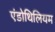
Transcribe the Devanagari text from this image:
एंडोथिलियम